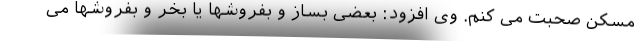
مسکن صحبت می کنم. وی افزود: بعضی بساز و بفروشها یا بخر و بفروشها می